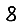
Digit: 8